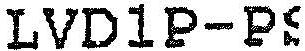
LVD1P-PS